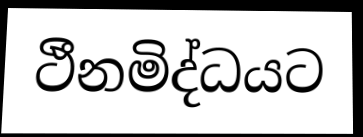
ථීනමිද්ධයට